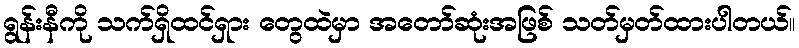
ရွန်းနီကို သက်ရှိထင်ရှား တွေထဲမှာ အတော်ဆုံးအဖြစ် သတ်မှတ်ထားပါတယ်။